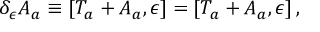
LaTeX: \delta _ { \epsilon } A _ { a } \equiv [ { \cal T } _ { a } + A _ { a } , \epsilon ] = [ T _ { a } + A _ { a } , \epsilon ] \, ,